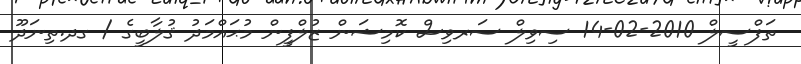
ތަފްސީލް 2010-02-14 ސިވިލް ސަރވިސް ކޮމިޝަން ޒުލްފީން މުޙައްމަދު ޤުލާބީގެ / ގދ.ތިނަދޫ